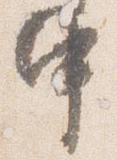
中